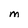
Character: M